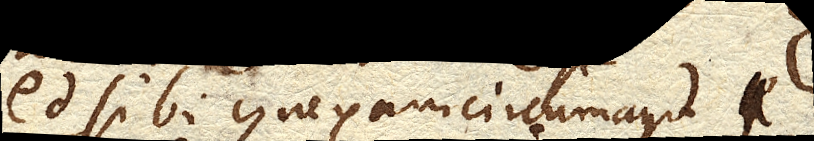
ed. sibi connexam circumagit